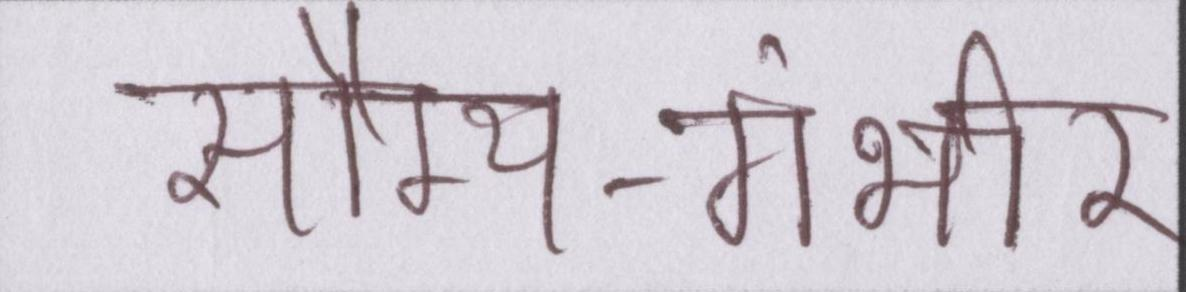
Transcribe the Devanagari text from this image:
सौम्य-गंभीर